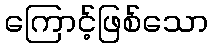
ကြောင့်ဖြစ်သော